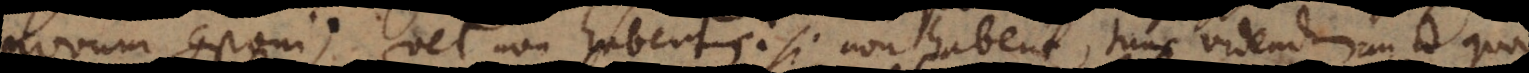
novum componi; vel non habent: si non habent, tunc videndum an id